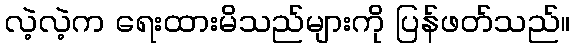
လဲ့လဲ့က ရေးထားမိသည်များကို ပြန်ဖတ်သည်။